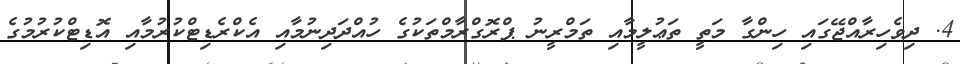
4. ދިވެހިރާއްޖޭގައި ހިންގާ މަތީ ތަޢުލީމާއި ތަމްރީނު ޕްރޮގްރާމްތަކުގެ ހުއްދަދިނުމާއި އެކްރެޑިޓްކުރުމާއި އޮޑިޓްކުރުމުގެ